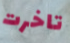
تاخرت